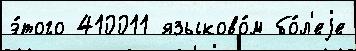
э́того 410011 языково́м бо́л'еjе